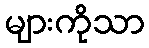
များကိုသာ